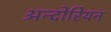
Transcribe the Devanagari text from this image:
अन्दोरियन